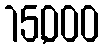
15,000